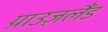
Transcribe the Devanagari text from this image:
ग्राउज़लैंड